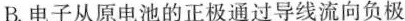
B.电子从原电池的正极通过导线流向负极